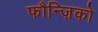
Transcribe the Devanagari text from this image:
फौन्ज़िको